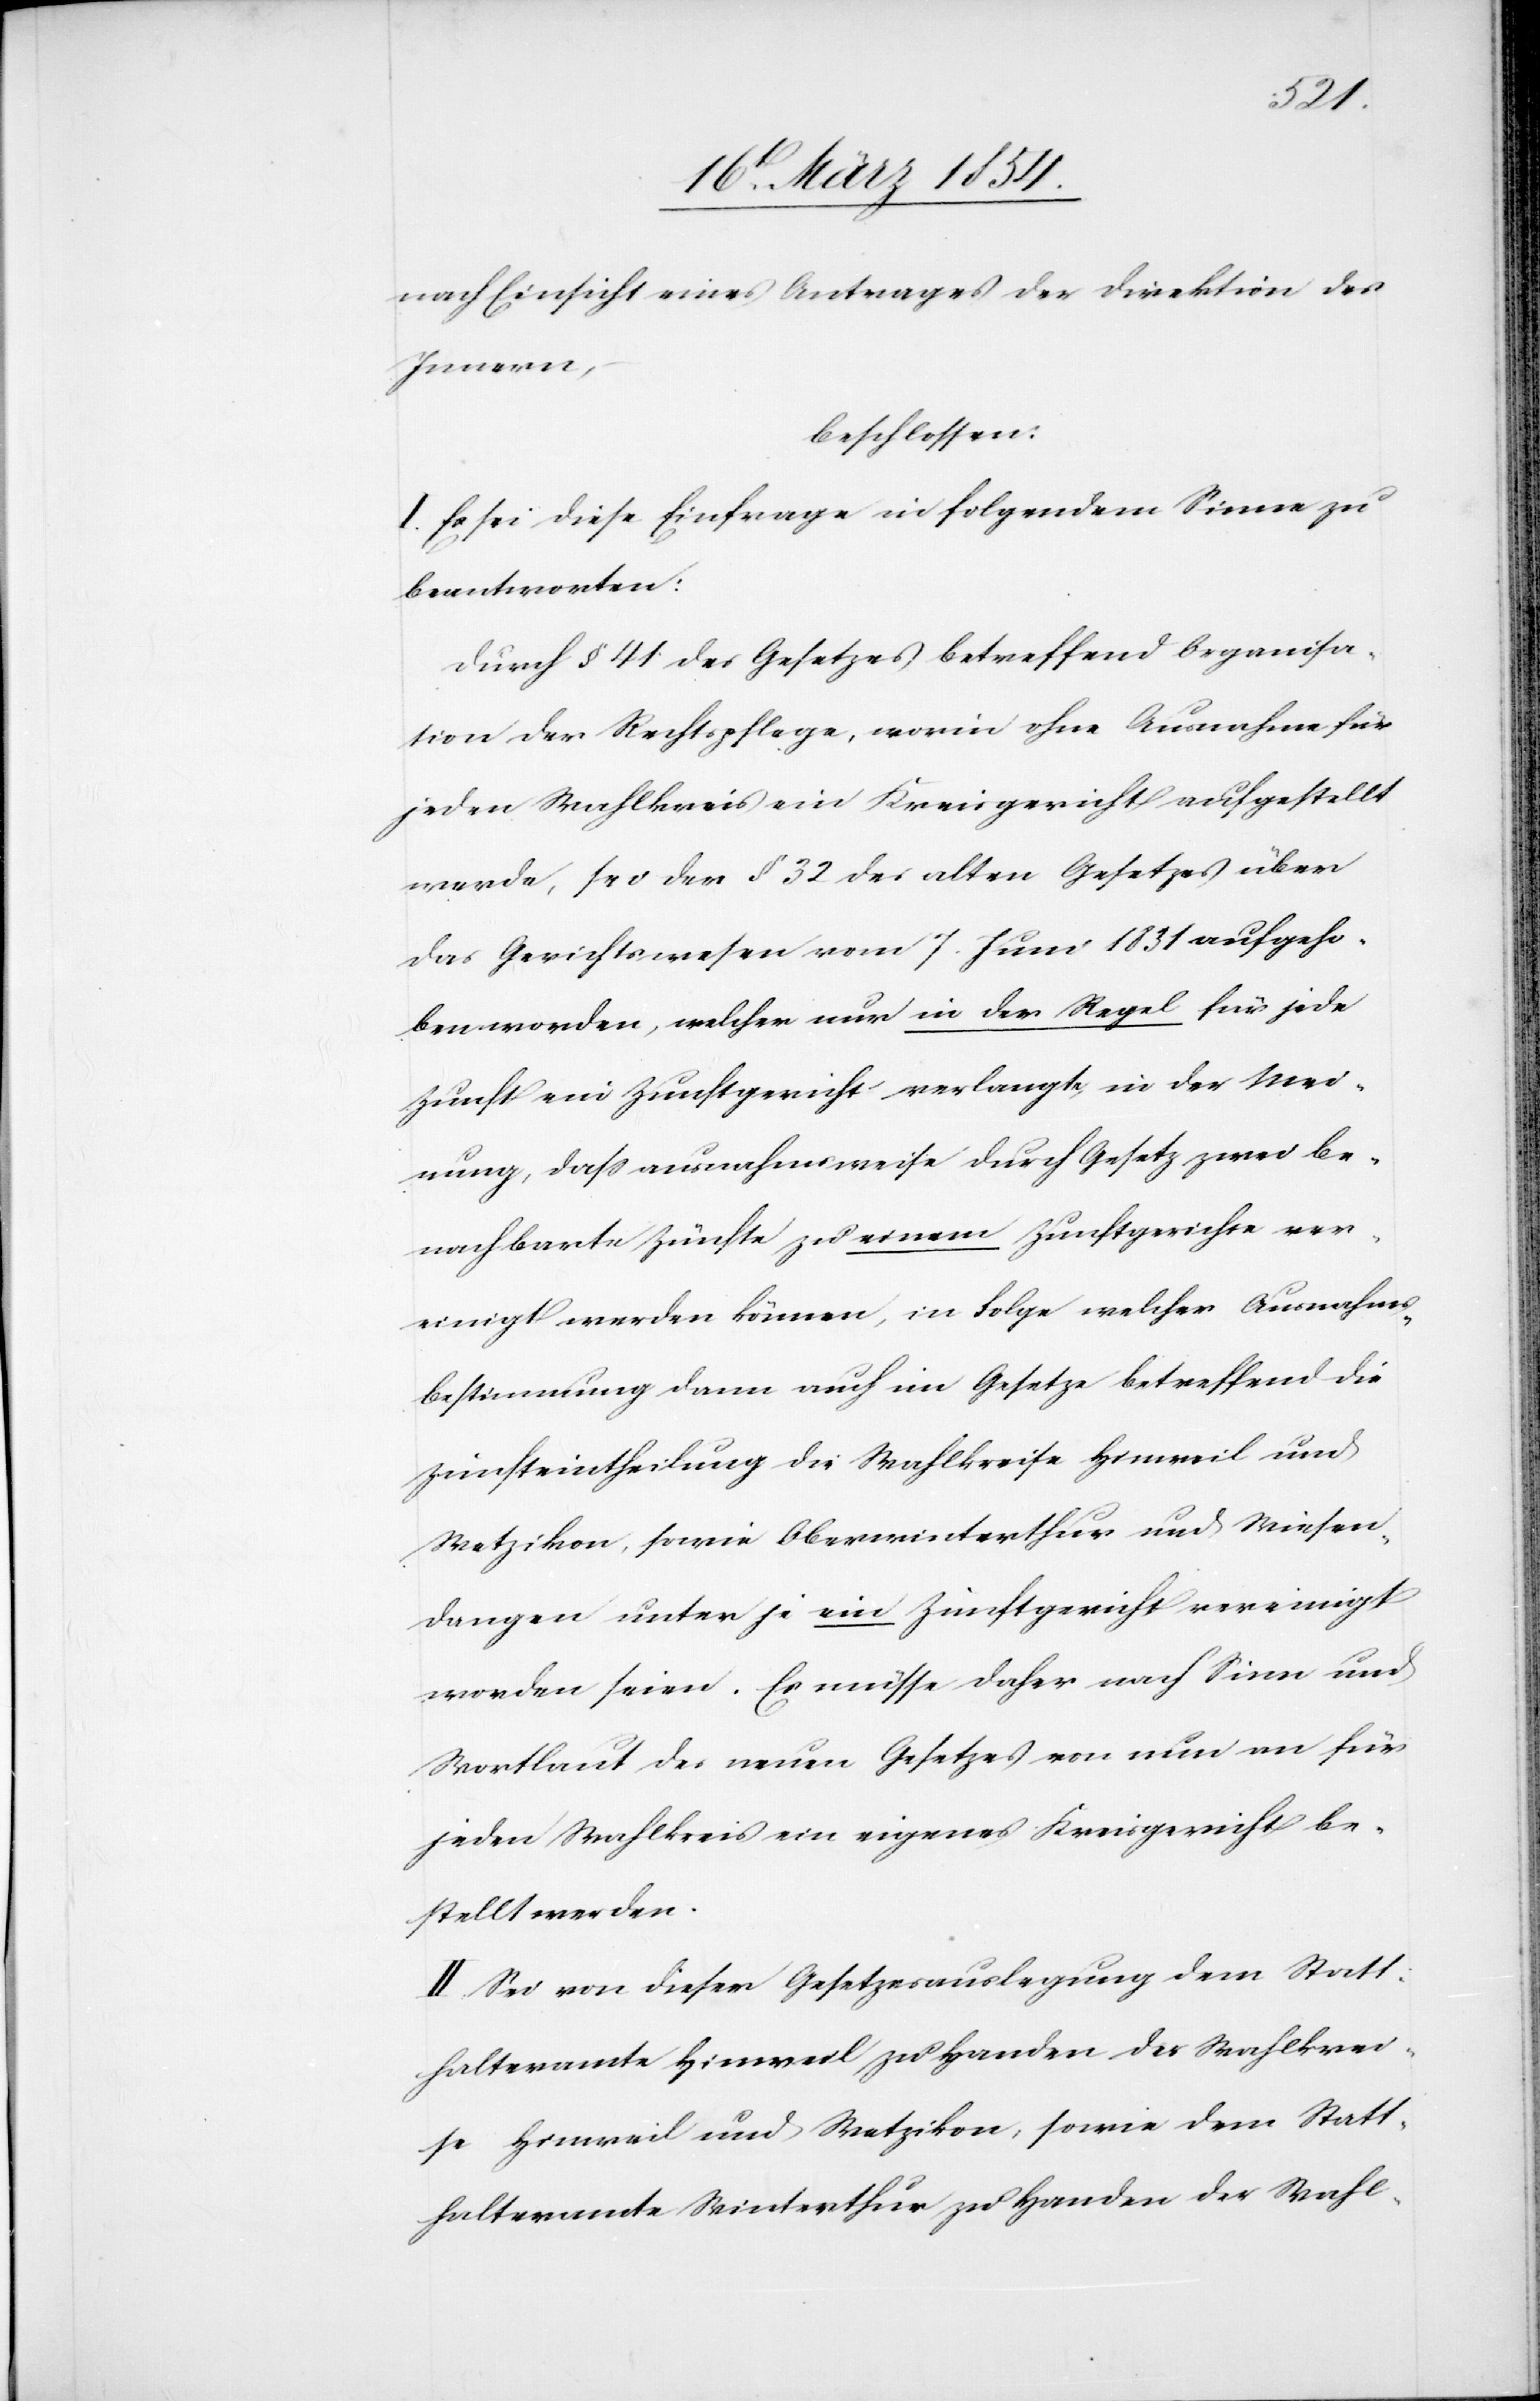
nach Einsicht eines Antrages der Direktion des
Innern,
beschlossen:
I. Es sei diese Einfrage in folgendem Sinne zu
beantworten:
Durch § 41 des Gesetzes betreffend Organisa¬
tion der Rechtspflege, worin ohne Ausnahme für
jeden Wahlkreis ein Kreisgericht aufgestellt
werde, sei der § 32 des alten Gesetzes über
das Gerichtswesen vom 7. Juni 1831 aufgeho¬
ben worden, welcher nur in der Regel für jede
Zunft ein Zunftsgericht verlangte, in der Mei¬
nung, daß ausnahmsweise durch Gesetz zwei be¬
nachbarte Zünfte zu einem Zunftgerichte ver¬
einigt werden können, in Folge welcher Ausnahms¬
bestimmung dann auch im Gesetze betreffend die
Zunfteintheilung die Wahlkreise Hinweil und
Wetzikon, sowie Oberwinterthur und Wiesen¬
dangen unter je ein Zunftgericht vereinigt
worden seien. Es müsse daher nach Sinn und
Wortlaut des neuen Gesetzes von nun an für
jeden Wahlkreis ein eigenes Kreisgericht be¬
stellt werden.
II. Sei von dieser Gesetzesauslegung dem Statt¬
halteramte Hinweil zu Handen der Wahlkrei¬
se Hinweil und Wetzikon, sowie dem Statt¬
halteramte Winterthur zu Handen der Wahl-